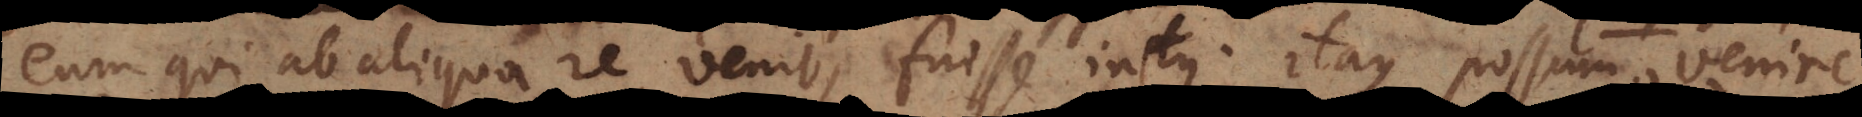
eum qui ab aliqua re venit, fuisse intus. Itaque possum venire